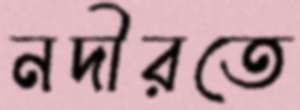
নদীরতে